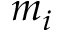
m _ { i }